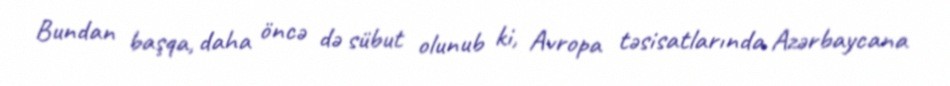
Bundan başqa, daha öncə də sübut olunub ki, Avropa təsisatlarında Azərbaycana